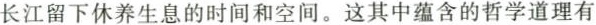
长江留下休养生息的时间和空间。这其中蕴含的哲学道理有